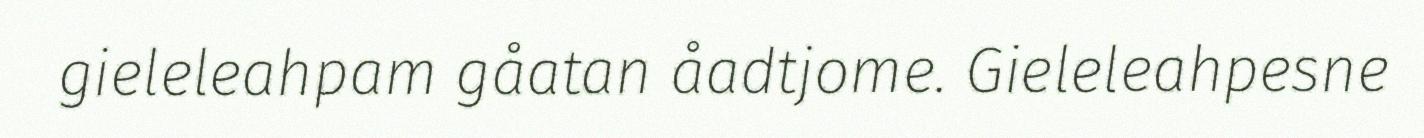
gieleleahpam gåatan åadtjome. Gieleleahpesne